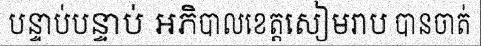
បន្ទាប់បន្ទាប់ អភិបាលខេត្តសៀមរាប បានចាត់